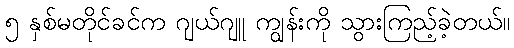
၅ နှစ်မတိုင်ခင်က ဂျယ်ဂျူ ကျွန်းကို သွားကြည့်ခဲ့တယ်။